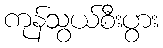
ကုန်သွယ်စီးပွား